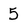
Character: 5